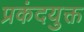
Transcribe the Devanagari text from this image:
प्रकंदयुक्त